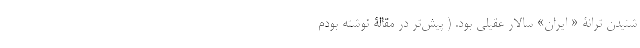
شنیدن ترانۀ « ایران» سالار عقیلی بود. ( پیش‌تر در مقالۀ نوشته بودم